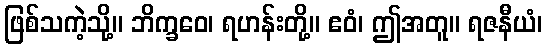
ဖြစ်သကဲ့သို့။ ဘိက္ခဝေ၊ ရဟန်းတို့။ ဧဝံ၊ ဤအတူ။ ရဇနီယံ၊